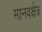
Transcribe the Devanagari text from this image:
मानवक्षेत्र